Bréfritari: Halldór Pétursson
Viðtakandi: Jón Borgfirðingur
Dagsetning: A-1855-xx-xx
Skrifað á: Illugastöðum í Fnjóskadal  S-Þing.

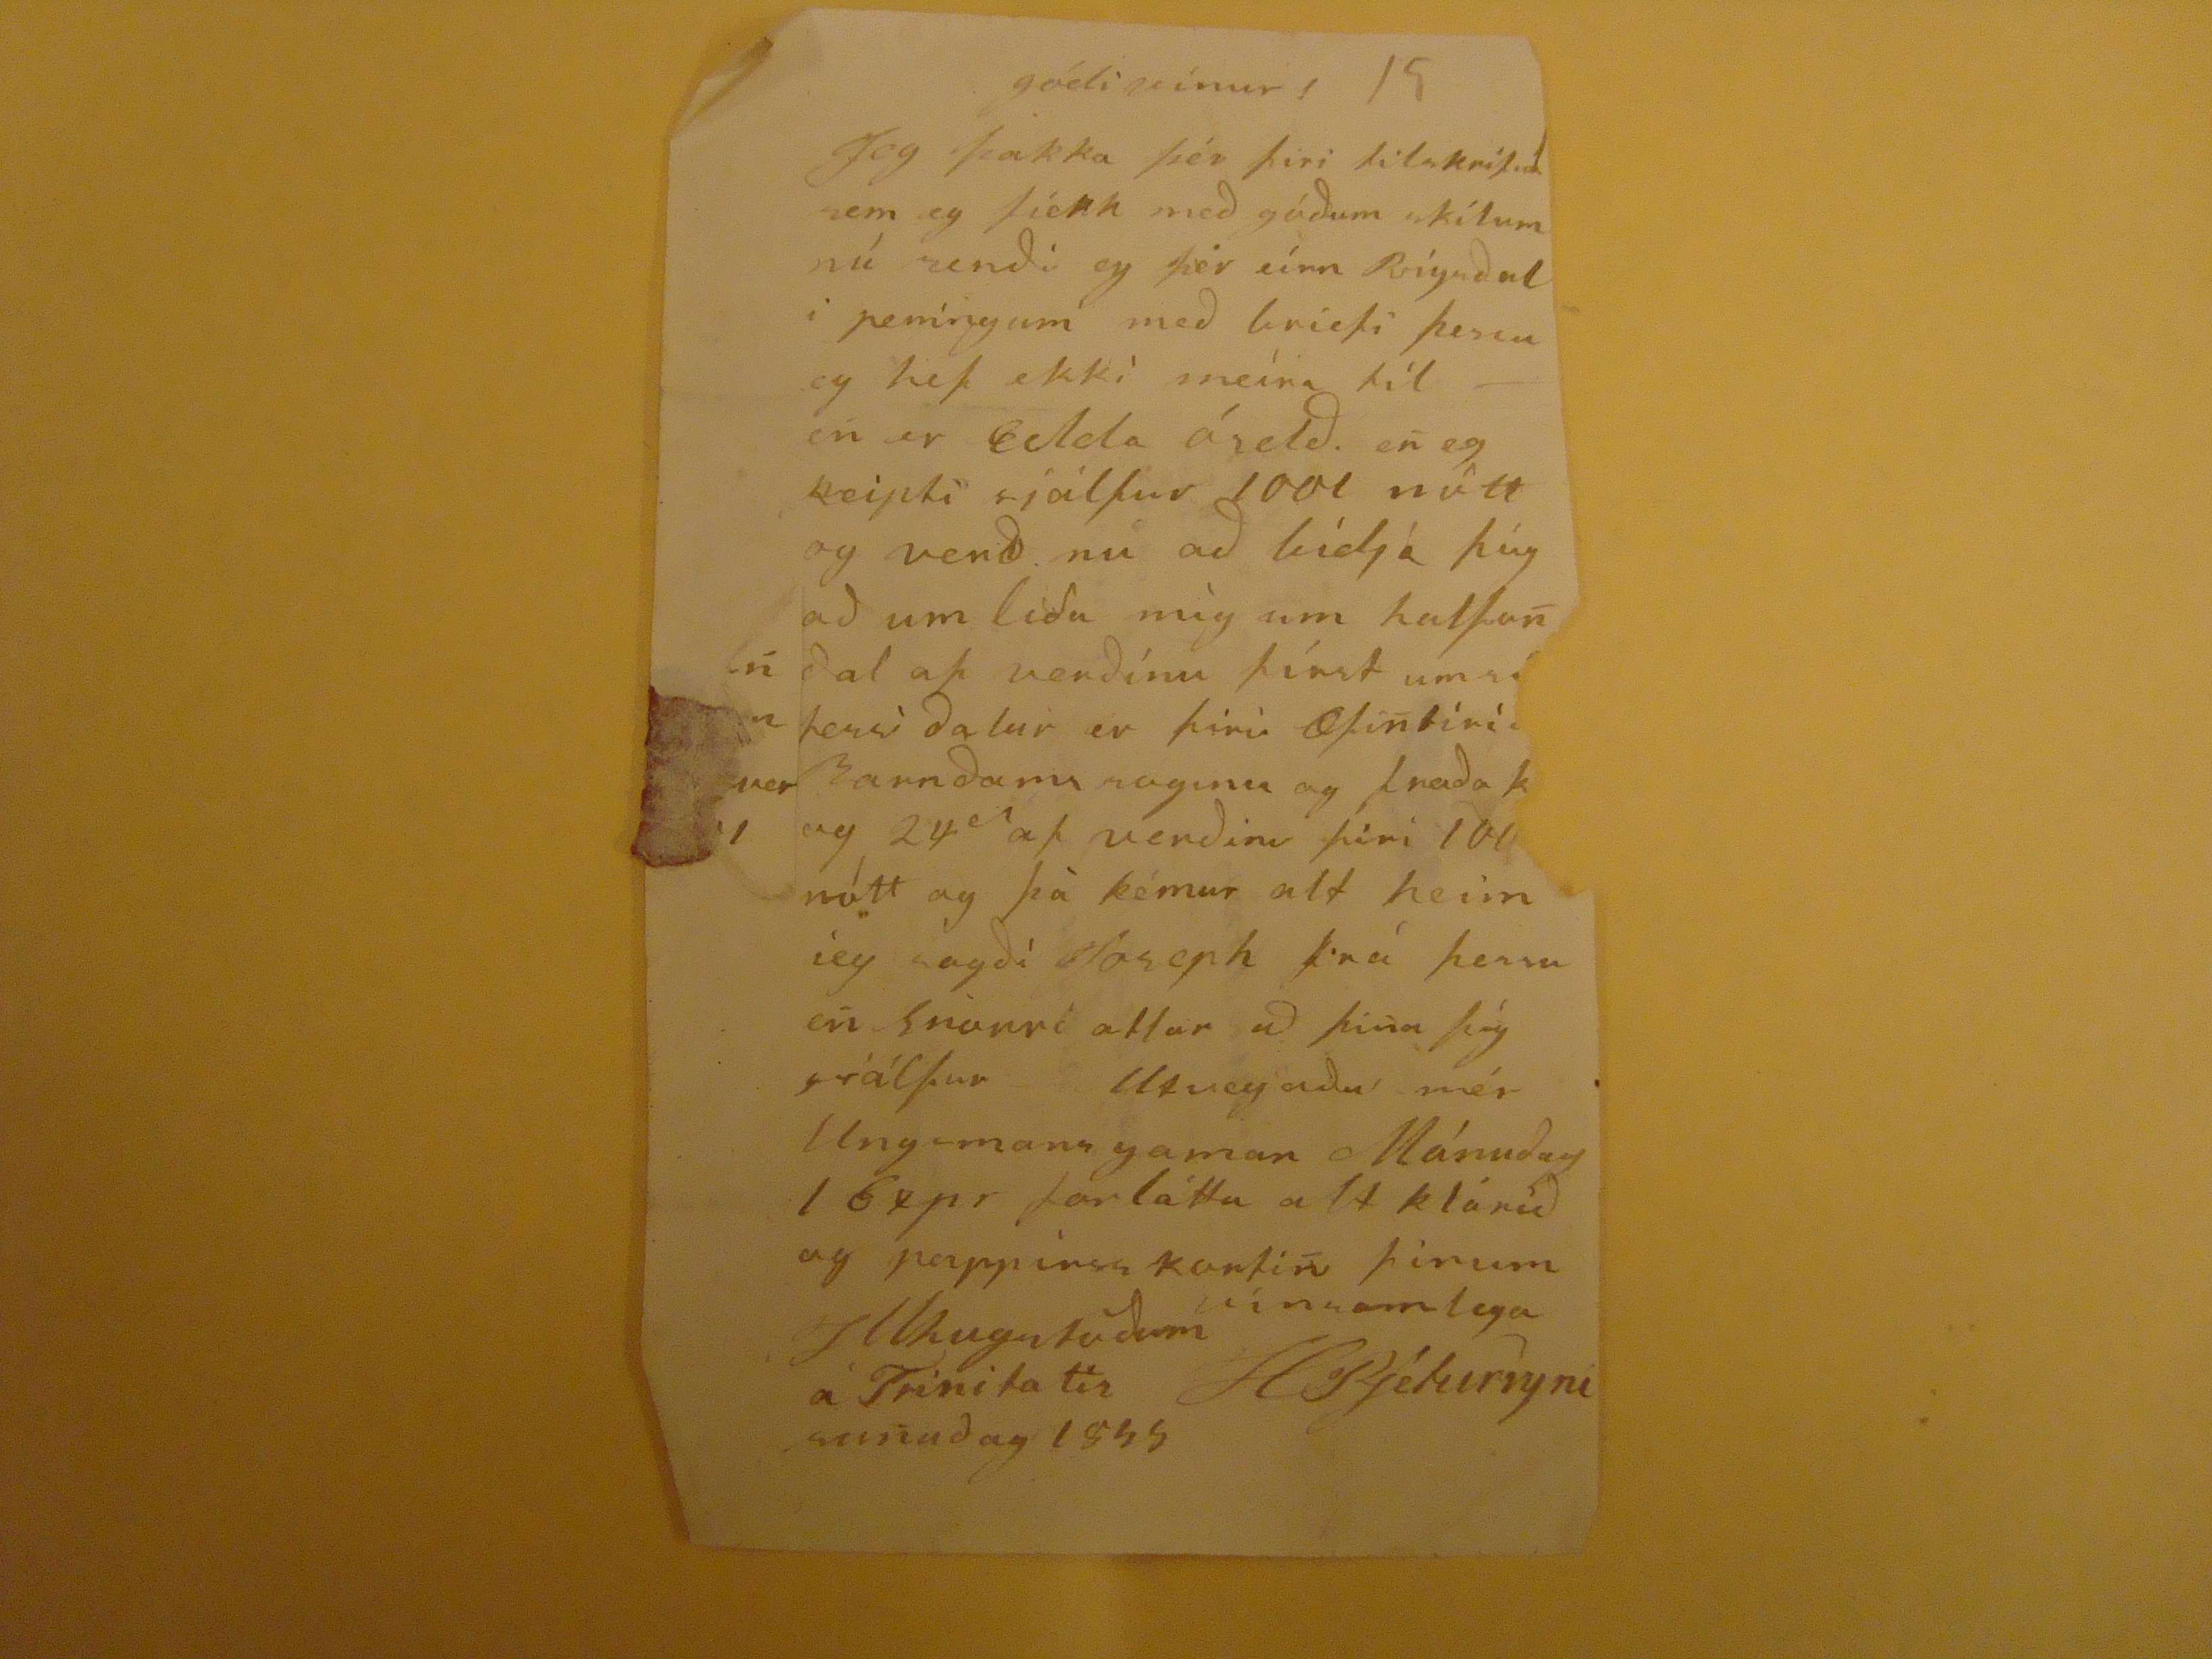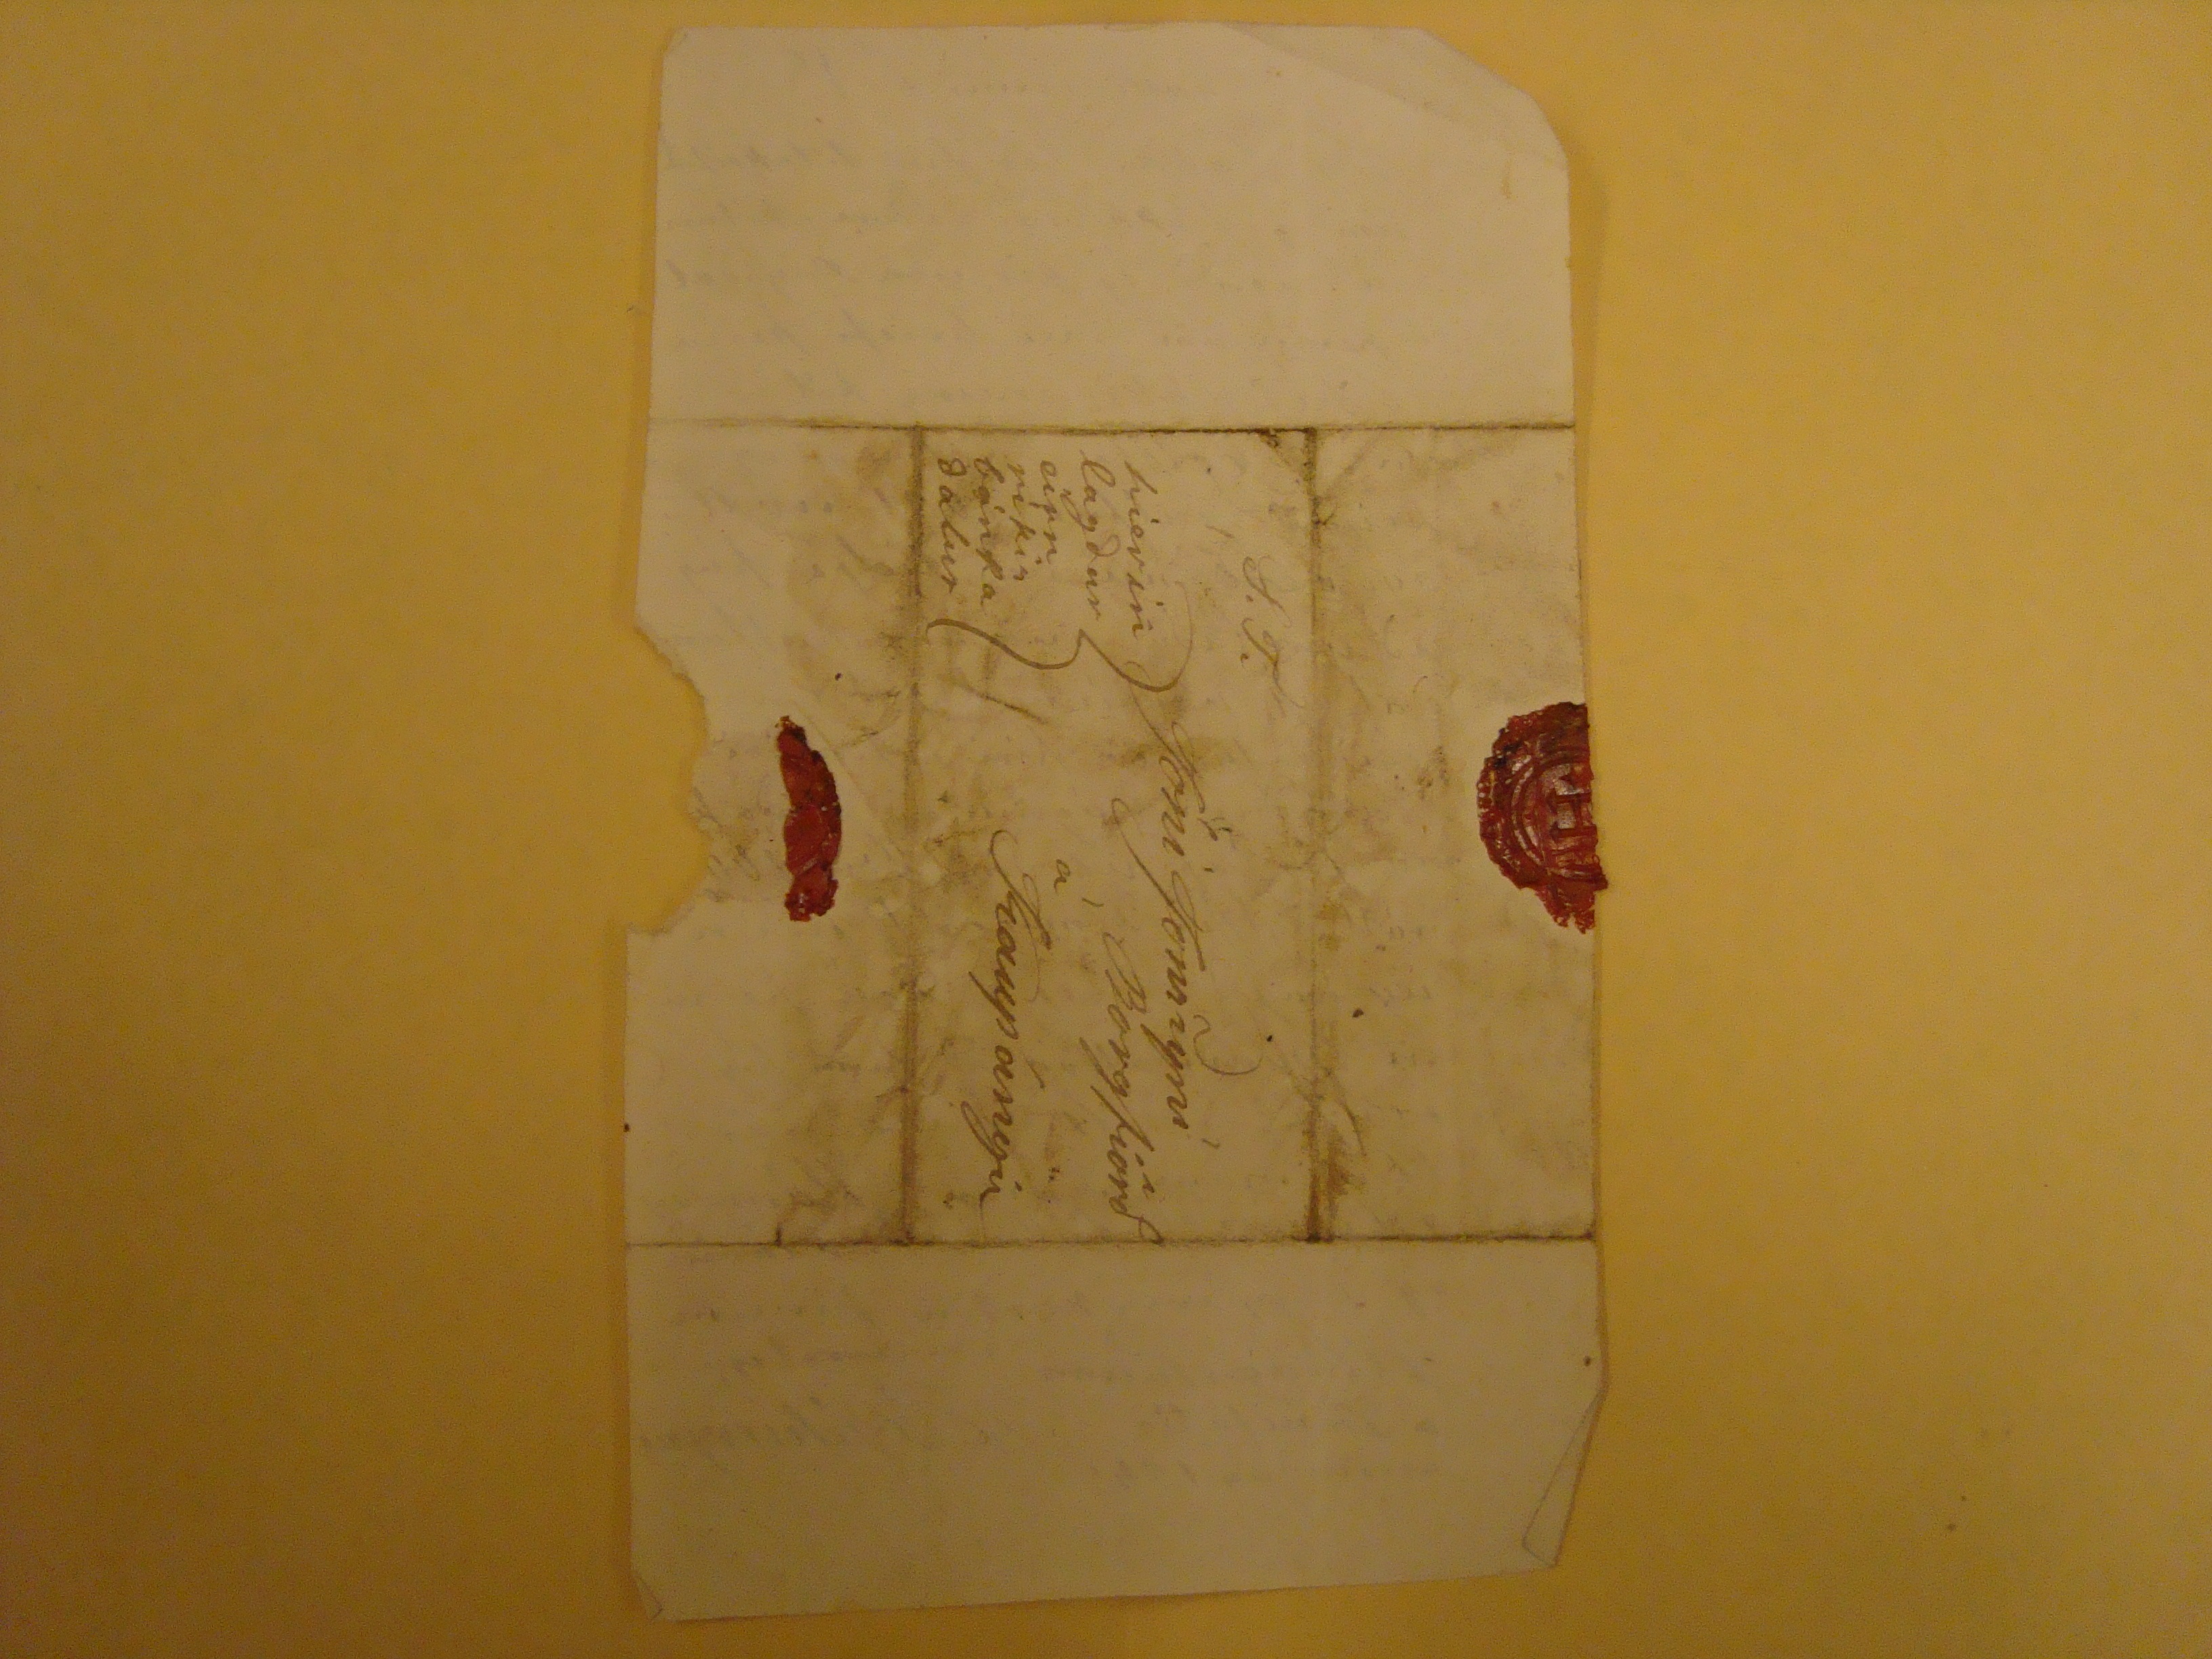

gódi vinur! 15
Jeg þakka þér firi tilskrifid sem eg fiekk med gódum skilum nú sendi eg þér eínn Rígisdal i peníngum med briefi þessu og hef ekki meíra til- en er Edda óseld. en eg keipti sjálfur 1001 nótt og verd nú ad bidja þig ad um lida mìg um halfan dal af verdínu fírst um sinn þessi dalur er firir Æfintírín
Barnndanni soginu
og fræda kver og 24(~) af verdinu firi 1001 nótt og þà kékmur alt heim ég sagdi Joseph frá þessu enn Snorri ætlar ad finna þíg siálfur- Utvegadu mér Ungmansgaman Mánudag
1 Sepr
forláttu alt klárid og pappírsskantinn þinum
vinsamlega
HPjéturssyni
Illhugstödum
á Trinilatis
sunnudag 1855
S.T.
Jóni Jonssyni
Borgiörð
á
Kaupányri
hierinn lagður einn rikisbánkadalur